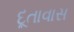
દૂતાવાસ